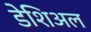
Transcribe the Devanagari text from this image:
डेशिअल